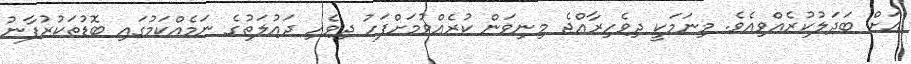
އަށް ބަދަލުކުރެއްވިއެވެ. މިނަމަކީ ދިވެހިރާއްޖެ މިނިވަން ކުރެއްވުމަށްފަހު ދިވެހި ދައުލަތުގެ ނަމެއްކަމުގައި ބޮޑުތަކުރުފާނު